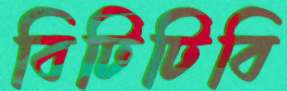
বিটিটিবি